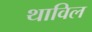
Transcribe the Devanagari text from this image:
थाविल